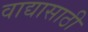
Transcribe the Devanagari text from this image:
वाद्यासाठी